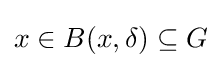
x\in B(x,\delta )\subseteq G